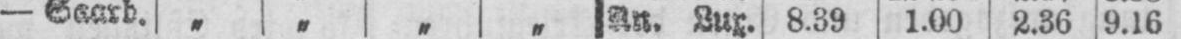
- Saarb. „ „ „ „ An. Lux. 8.39 1.00 2.36 9.16